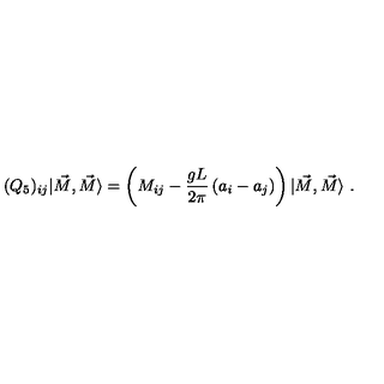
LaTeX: ( Q _ { 5 } ) _ { i j } | \vec { M } , \vec { M } \rangle = \left( M _ { i j } - \frac { g L } { 2 \pi } \left( a _ { i } - a _ { j } \right) \right) | \vec { M } , \vec { M } \rangle \ .